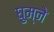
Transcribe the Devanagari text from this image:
घुम्ने